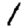
Digit: 1